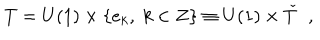
T = U ( 1 ) \times \{ e _ { k } , \; k \in Z \} \equiv U ( 1 ) \times \check { T } \; \; ,